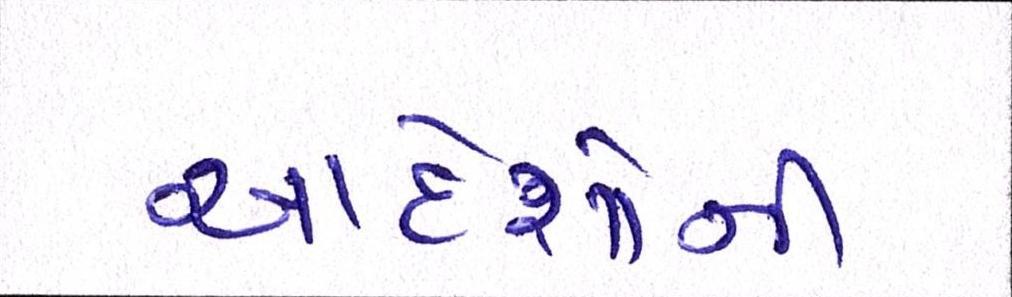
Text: આદેશોની